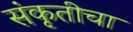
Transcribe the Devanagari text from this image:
संकृतीचा